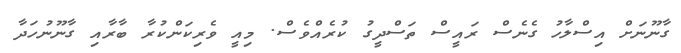
ގާނޫނަށް އިސްލާހު ގެނެސް ރައީސް ތަސްދީގު ކުރެއްވެސް. މިއީ ވެރިކަންކުރާ ބާރާއި ގާނޫނުހަދާ